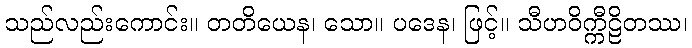
သည်လည်းကောင်း။ တတိယေန၊ သော။ ပဒေန၊ ဖြင့်။ သီဟဝိက္ကီဠိတဿ၊